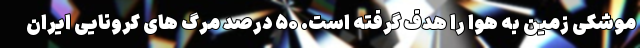
موشکی زمین به هوا را هدف گرفته است. ۵۰ درصد مرگ های کرونایی ایران